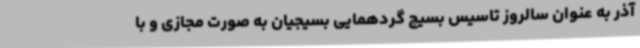
آذر به عنوان سالروز تاسیس بسیج گردهمایی بسیجیان به صورت مجازی و با